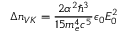
\Delta n _ { V K } = { \frac { 2 \alpha ^ { 2 } \hbar ^ { 3 } } { 1 5 m _ { e } ^ { 4 } c ^ { 5 } } } { \epsilon _ { 0 } E _ { 0 } ^ { 2 } }